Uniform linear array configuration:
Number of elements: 64
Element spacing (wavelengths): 0.75
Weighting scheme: hann
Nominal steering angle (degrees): -45
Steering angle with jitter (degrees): -45.553
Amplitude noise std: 0.05
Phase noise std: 0.05

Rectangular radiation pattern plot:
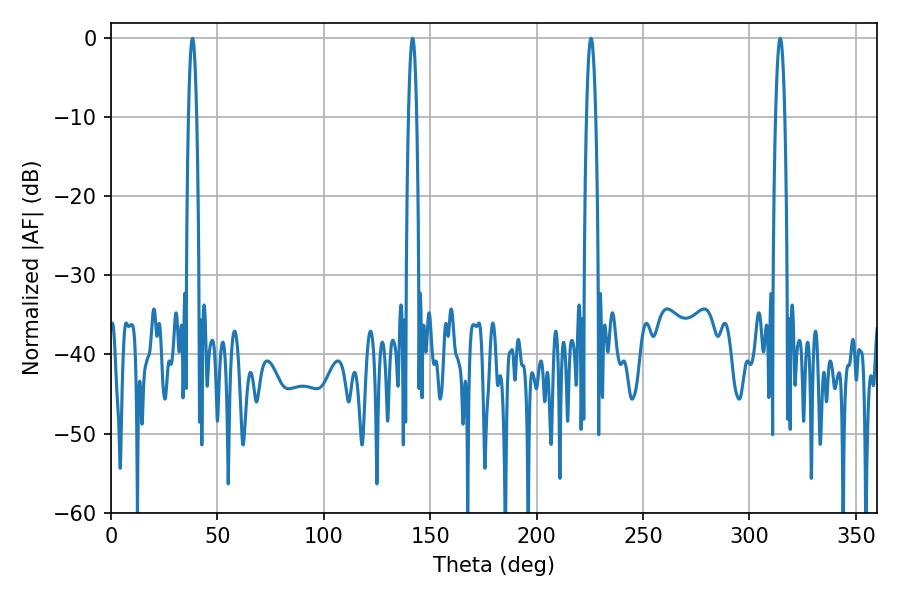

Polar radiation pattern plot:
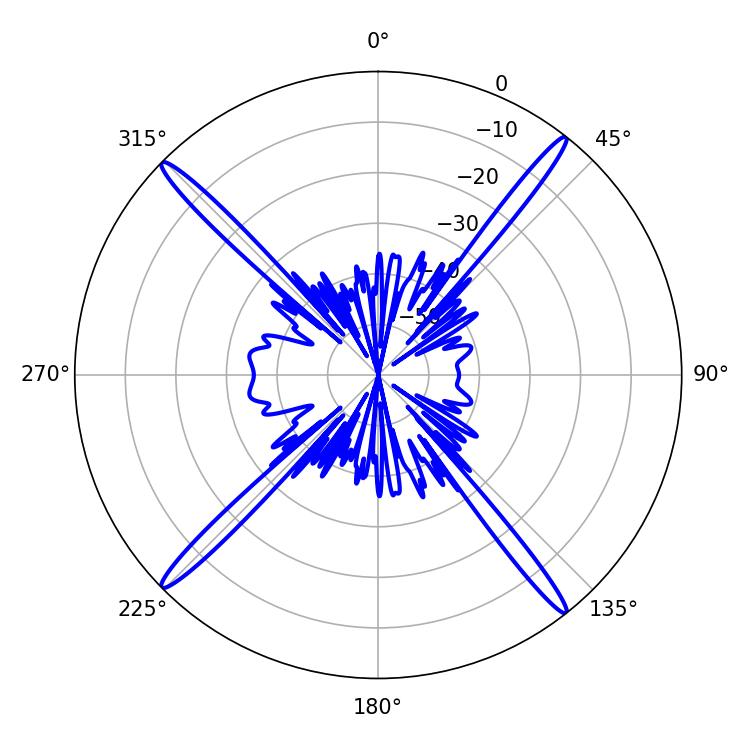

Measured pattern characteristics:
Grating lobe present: TRUE
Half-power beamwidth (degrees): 2.34
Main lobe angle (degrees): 225.54